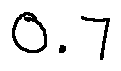
0 . 7